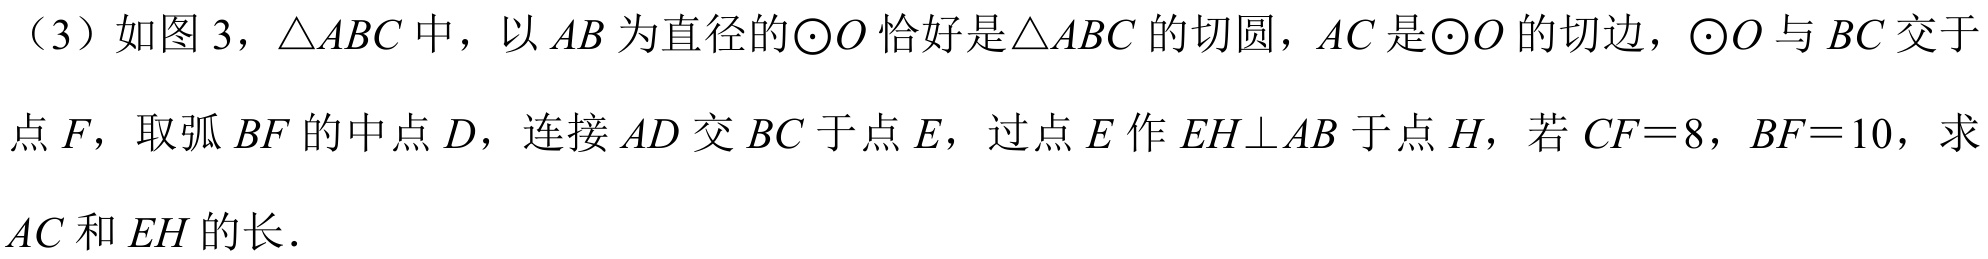
（3）如图3，\(\triangle ABC\)中，以\(AB\)为直径的\(\odot O\)恰好是\(\triangle ABC\)的切圆，\(AC\)是\(\odot O\)的切边，\(\odot O\)与\(BC\)交于点\(F\)，取弧\(BF\)的中点\(D\)，连接\(AD\)交\(BC\)于点\(E\)，过点\(E\)作\(EH\perp AB\)于点\(H\)，若\(CF = 8\)，\(BF = 10\)，求\(AC\)和\(EH\)的长．